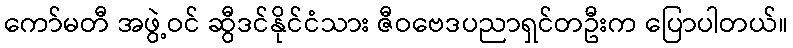
ကော်မတီ အဖွဲ့ဝင် ဆွီဒင်နိုင်ငံသား ဇီဝဗေဒပညာရှင်တဦးက ပြောပါတယ်။